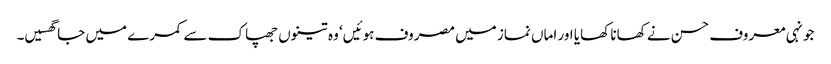
جونہی معروف حسن نے کھانا کھایا اور اماں نماز میں مصروف ہوئیں‘ وہ تینوں جھپاک سے کمرے میں جا گھسیں۔